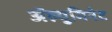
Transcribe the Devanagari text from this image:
ॲल्युमिनेट